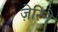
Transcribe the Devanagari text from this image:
ज़ेरिने